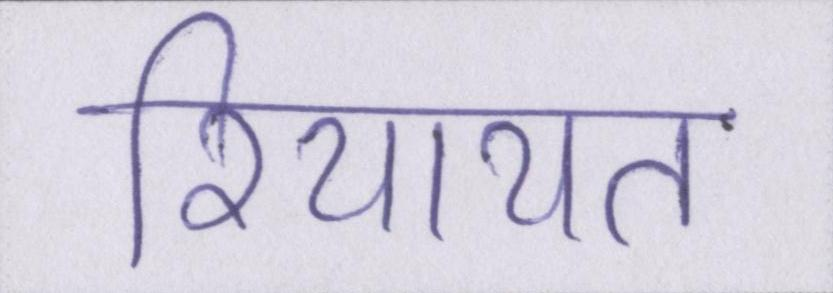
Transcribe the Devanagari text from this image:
रियायत